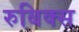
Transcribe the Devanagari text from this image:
रुबिक्स